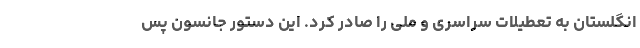
انگلستان به تعطیلات سراسری و ملی را صادر کرد. این دستور جانسون پس